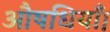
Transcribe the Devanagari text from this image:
औषधियाँ।